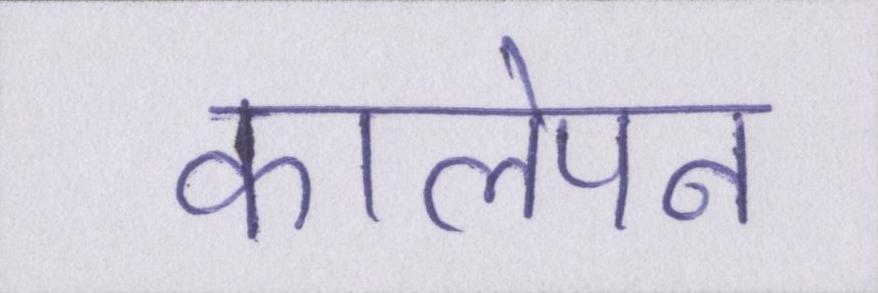
कालेपन